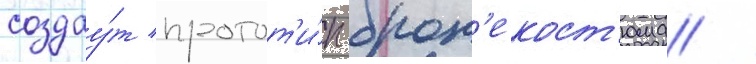
создау́т протот'и́п брон'екост'юма /